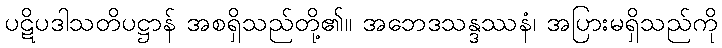
ပဋိပဒါသတိပဋ္ဌာန် အစရှိသည်တို့၏။ အဘေဒသန္ဒဿနံ၊ အပြားမရှိသည်ကို